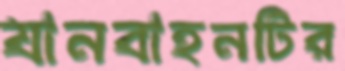
যানবাহনটির